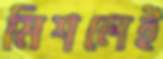
মিশলেই